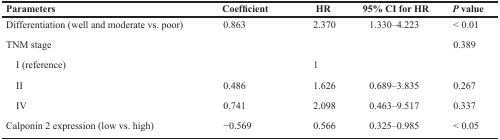
| Parameters | Coefficient | HR | 95% CI for HR | P value |
 | --- | --- | --- | --- | --- |
 | Differentiation (well and moderate vs. poor) | 0.863 | 2.370 | 1.330–4.223 | < 0.01 |
 | TNM stage |  |  |  | 0.389 |
 | I (reference) |  | 1 |  |  |
 | II | 0.486 | 1.626 | 0.689–3.835 | 0.267 |
 | IV | 0.741 | 2.098 | 0.463–9.517 | 0.337 |
 | Calponin 2 expression (low vs. high) | −0.569 | 0.566 | 0.325–0.985 | < 0.05 |